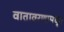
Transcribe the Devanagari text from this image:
वातावरणामधून